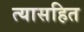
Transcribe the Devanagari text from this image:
त्यासहित